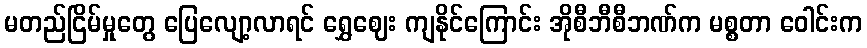
မတည်ငြိမ်မှုတွေ ပြေလျော့လာရင် ရွှေဈေး ကျနိုင်ကြောင်း အိုစီဘီစီဘဏ်က မစ္စတာ ဝေါင်းက